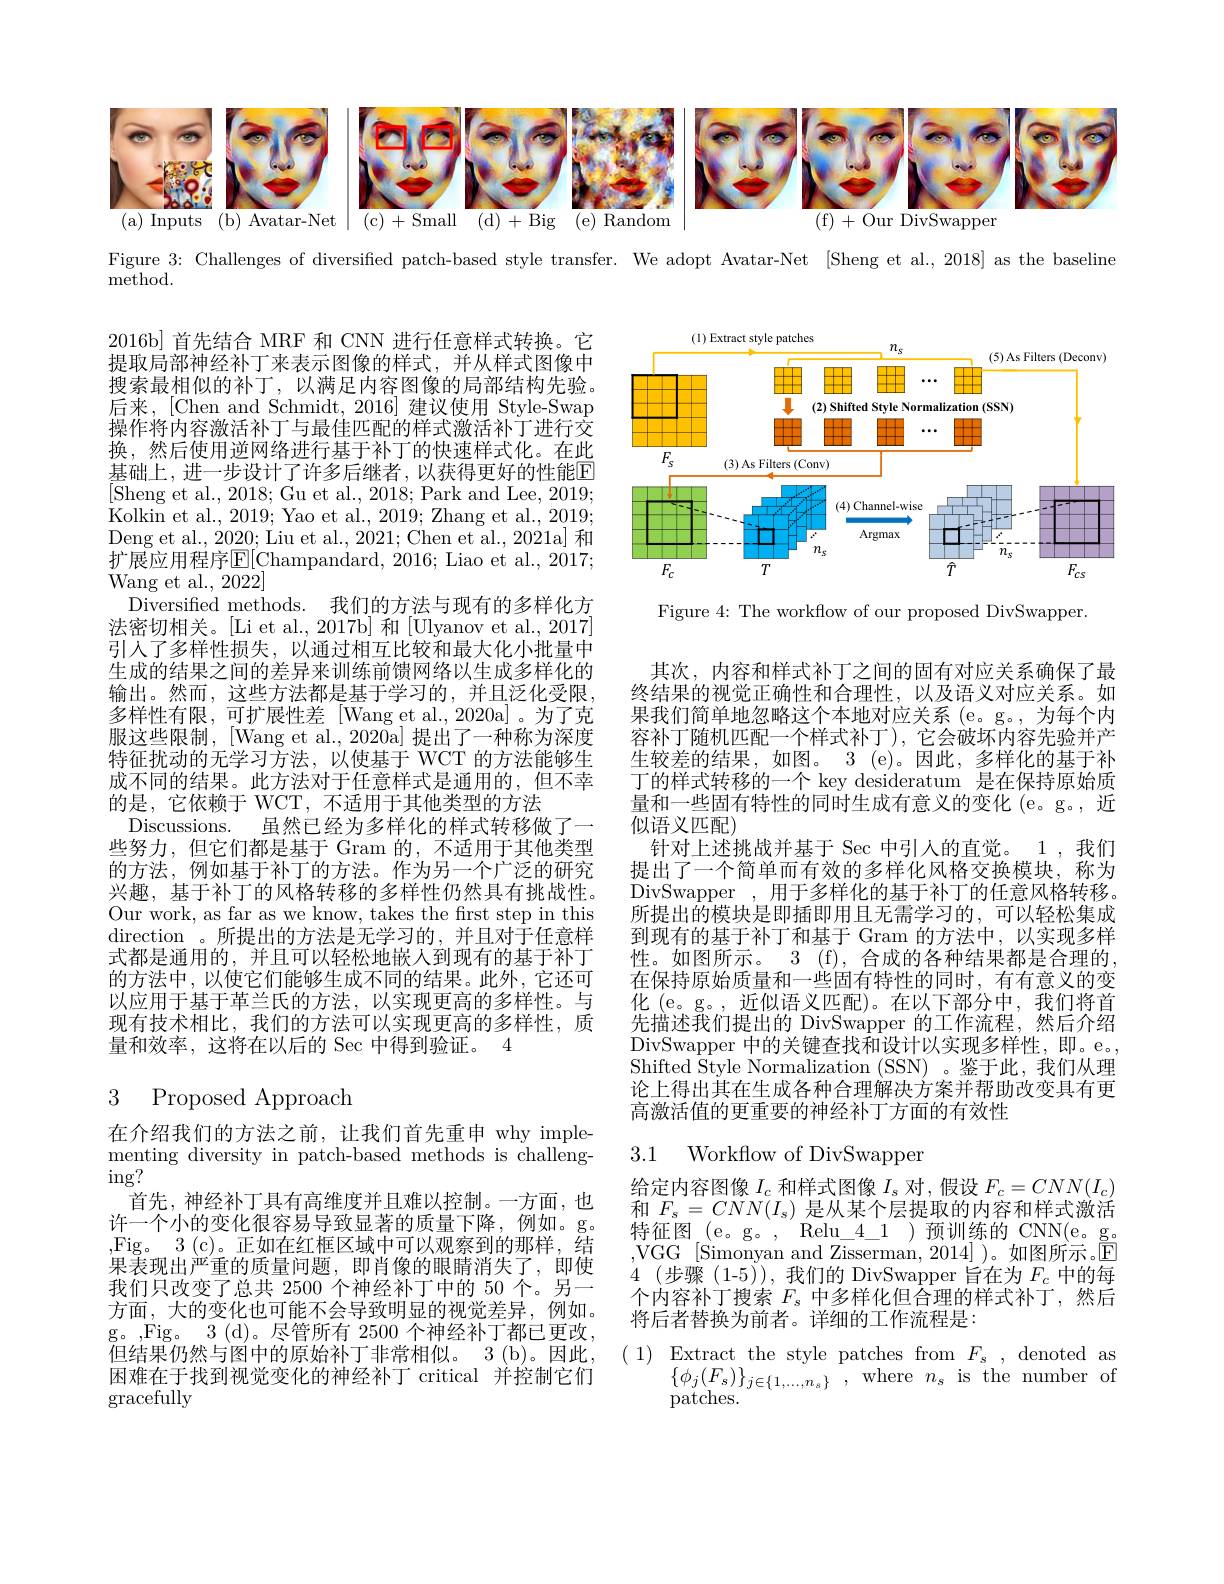
<FigureHere>

Figure 3: Challenges of diversified patch-based style transfer. We adopt Avatar-Net [Sheng et al., 2018] as the baseline

${\mathrm{method}}.$

<FigureHere>

Figure 4: The workflow of our proposed DivSwapper.

2016b] 首先结合 MRF 和 CNN 进行任意样式转换。它提取局部神经补丁来表示图像的样式，并从样式图像中搜索最相似的补丁，以满足内容图像的局部结构先验。后来，[Chen and Schmidt, 2016] 建议使用 Style-Swap 操作将内容激活补丁与最佳匹配的样式激活补丁进行交换，然后使用逆网络进行基于补丁的快速样式化。在此基础上，进一步设计了许多后继者，以获得更好的性能E [Sheng et al., 2018; Gu et al., 2018; Park and Lee, 2019; Kolkin et al., 2019; Yao et al., 2019; Zhang et al., 2019; Deng et al., 2020; Liu et al., 2021; Chen et al., 2021a] 和扩展应用程序$\mathbb{E}[$Champandard, 2016; Liao et al., 2017; Wang et al., 2022]
Diversified methods. 我们的方法与现有的多样化方法密切相关。[Li et al., 2017b] 和[Ulyanov et al., 2017] 引入了多样性损失，以通过相互比较和最大化小批量中生成的结果之间的差异来训练前馈网络以生成多样化的输出。然而，这些方法都是基于学习的，并且泛化受限， 多样性有限，可扩展性差[Wang et al.,2020a]。为了克服这些限制，[Wang et al., 2020a] 提出了一种称为深度特征扰动的无学习方法，以使基于 WCT 的方法能够生成不同的结果。此方法对于任意样式是通用的，但不幸的是，它依赖于 WCT, 不适用于其他类型的方法
Discussions. 虽然已经为多样化的样式转移做了一些努力，但它们都是基于 Gram 的，不适用于其他类型的方法，例如基于补丁的方法。作为另一个广泛的研究兴趣，基于补丁的风格转移的多样性仍然具有挑战性。Our work, as far as we know, takes the frst step in this direction 。所提出的方法是无学习的，并且对于任意样式都是通用的，并且可以轻松地嵌人到现有的基于补丁的方法中，以使它们能够生成不同的结果。此外，它还可以应用于基于革兰氏的方法，以实现更高的多样性。与现有技术相比，我们的方法可以实现更高的多样性，质量和效率，这将在以后的 Sec 中得到验证。4

其次，内容和样式补丁之间的固有对应关系确保了最终结果的视觉正确性和合理性，以及语义对应关系。如果我们简单地忽略这个本地对应关系 (e。g。,为每个内容补丁随机匹配一个样式补丁),它会破坏内容先验并产生较差的结果，如图。3(e)。因此，多样化的基于补丁的样式转移的一个 key desideratum 是在保持原始质量和一些固有特性的同时生成有意义的变化 (e。g。, 近似语义匹配)
针对上述挑战并基于 Sec 中引人的直觉。1,我们提出了一个简单而有效的多样化风格交换模块，称为DivSwapper , 用于多样化的基于补丁的任意风格转移。所提出的模块是即插即用且无需学习的，可以轻松集成到现有的基于补丁和基于 Gram 的方法中，以实现多样性。如图所示。3 (f), 合成的各种结果都是合理的， 在保持原始质量和一些固有特性的同时，有有意义的变化 (e。g。,近似语义匹配)。在以下部分中，我们将首先描述我们提出的 DivSwapper 的工作流程，然后介绍DivSwapper 中的关键查找和设计以实现多样性，即。e。, Shifted Style Normalization (SSN) 。鉴于此，我们从理论上得出其在生成各种合理解决方案并帮助改变具有更高激活值的更重要的神经补丁方面的有效性

# 3 Proposed Approach

# 3.1 Workflow of DivSwapper

给定内容图像$I_c$和样式图像$I_s$对，假设$F_c=CNN(I_c)$
首 先 , 种 经 补 」 具 有 局 维 度 开 且 难 以 控 制 。一 方 面 , 也 和 $F_{s}= CNN( I_{s})$ 是 从 某 个 层 提 取 的 内 容 和 样 式 激 活 许 一 个 小 的 变 化 很 容 易 导 致 显 著 的 质 量 下 降 , 例 如 。g。特 征 图 ( e。g。, Relu 4 1) 预 训 练 的 CNN( e. g. Fig。3 ( c) 。正 如 在 红 框 区 域 中 可 以 观 察 到 的 那 样 , 结 YoG [ c] an
,VGG [Simonyan and Zisserman,2014])。如图所示。$\mathbb{E}$ $4\allowbreak ( {\mathrm{mod}} $ (步 骤 (1-5)), 我 们 的 DivSwapper 旨 在 为 $F_{c})$中的每个内容补丁搜索$F_s$中多样化但合理的样式补丁，然后将后者替换为前者。详细的工作流程是：

在介绍我们的方法之前，让我们首先重申 why implementing diversity in patch-based methods is challeng- $\operatorname{ing?}$
首先，神经补丁具有高维度并且难以控制。一方面，也,Fig。3(c)。正如在红框区域中可以观察到的那样，结果表现出严重的质量问题，即肖像的眼睛消失了，即使我们只改变了总共 2500 个神经补丁中的 50 个。另一方面，大的变化也可能不会导致明显的视觉差异，例如。g。,Fig。3(d)。尽管所有 2500 个神经补丁都已更改， 但结果仍然与图中的原始补丁非常相似。3(b)。因此， 困难在于找到视觉变化的神经补丁 critical 并控制它们$\operatorname{gracefully}$

( 1) Extract the style patches from $F_s$, denoted as

$\{\phi_{j}(F_{s})\}_{j\in\{1,\ldots,n_{s}\}}$,where$n_s$isthe number of

$\operatorname{patches}.$